Indian journal of veterinary science and animal husbandry - Volume 6,
Year: 1936
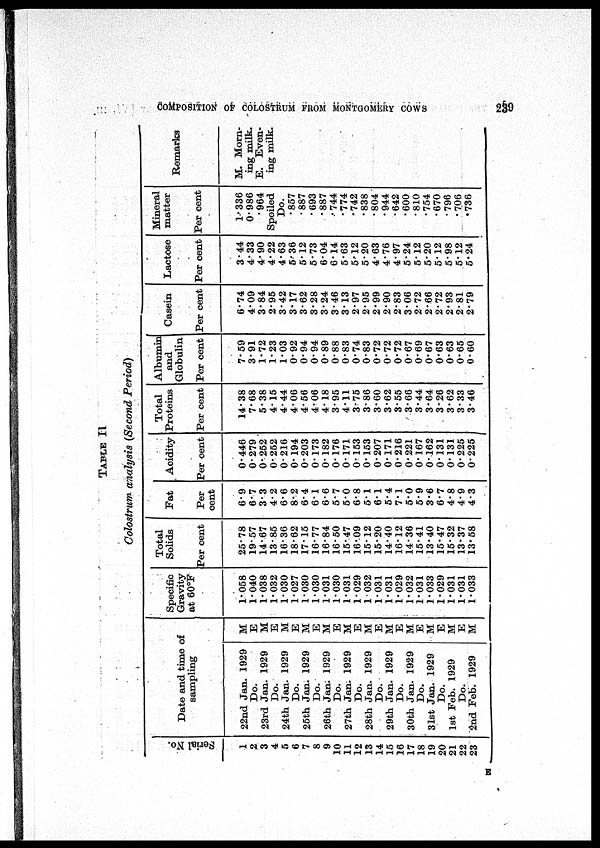
COMPOSITION OF COLOSTRUM FROM MONTGOMERY COWS
239
TABLE II
Colostrum analysis (Second Period)
Serial No.
1
2
3
4
5
6
7
8
9
10
11
12
13
14
15
16
17
18
19
20
21
22
23
Date and time of
sampling
22nd Jan. 1929
Do.
23rd Jan. 1929
Do.
24th Jan. 1929
Do.
25th Jan. 1929
Do.
26th Jan. 1929
Do.
27th Jan. 1929
Do.
28th Jan. 1929
Do.
29th Jan. 1929
Do.
30th Jan. 1929
Do.
31st Jan. 1929
Do.
1st Feb. 1929
Do.
2nd Feb. 1929
M
E
M
E
M
E
M
E
M
E
M
E
M
E
M
E
M
E
M
E
M
E
M
Specific
Gravity
at 60°F
1.058
1.040
1.038
1.032
1.030
1.027
1.030
1.030
1.031
1.030
1.031
1.029
1.032
1031
1.031
1.029
1.032
1.031
1.033
1.029
1.031
1.031
1.033
Total
Solids
Per cent
25.78
19.57
14.67
13.85
16.36
18.62
17.15
16.77
16.84
16.50
15.47
16.09
15.12
15.20
14.40
16.12
14.36
15.41
13.40
15.47
15.32
13.37
13.58
Fat
Per
cent
6.9
6.7
3.3
4.2
6.6
8.2
6.4
6.1
6.6
5.7
5.0
6.8
5.1
6.1
5.4
7.1
5.0
5.9
3.6
6.7
4.8
4.9
4.3
Acidity
Per cent
0.446
0.279
0.252
0.252
0.216
0.194
0.203
0.173
0.182
0.176
0.171
0.153
0.153
0.207
0.171
0.216
0.221
0.167
0.162
0.131
0.131
0.225
0.225
Total
Proteins
Per cent
14.38
7.68
5.38
4.15
4.44
4.06
4.56
4.06
4.18
3.95
4.11
3.75
3.86
3.60
3.62
3.55
3.66
3.44
3.64
3.26
3.62
3.33
3.46
Albumin
and
Globulin
Per cent
7.59
3.91
1.72
1.23
1.03
0.92
0.94
0.94
0.89
0.88
0.83
0.74
0.83
0.72
0.72
0.72
0.67
0.69
0.67
0.63
0.63
0.65
0.60
Casein
Per cent
6.74
4.09
3.84
2.95
3.42
3.17
3.62
3.28
3.24
3.46
3.13
2.97
2.95
2.99
2.90
2.83
3.06
2.72
2.66
2.72
2.93
2.81
2.79
Lactose
Per cent
3.44
4.33
4.90
4.22
4.63
5.36
5.12
5.73
6.04
6.14
5.63
5.12
5.20
4.63
4.76
4.97
5.24
5.12
5.20
5.12
5.98
5.12
5.24
Mineral
matter
Per cent
1.336
0.986
.964
Spoiled
Do.
.857
.887
.693
.887
.744
.774
.742
.838
.804
.944
.642
.600
.810
.754
.670
.796
.706
.736
Remarks
M. Morn¬
ing milk.
E. Even¬
ing milk.
E